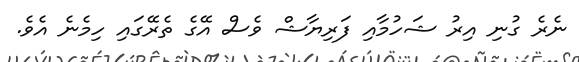
ނެރެ ގުނި އިރު ޝަހުމާއި ފަރިޔާޝް ވެސް އޭގެ ތެރޭގައި ހިމެނެ އެވެ.